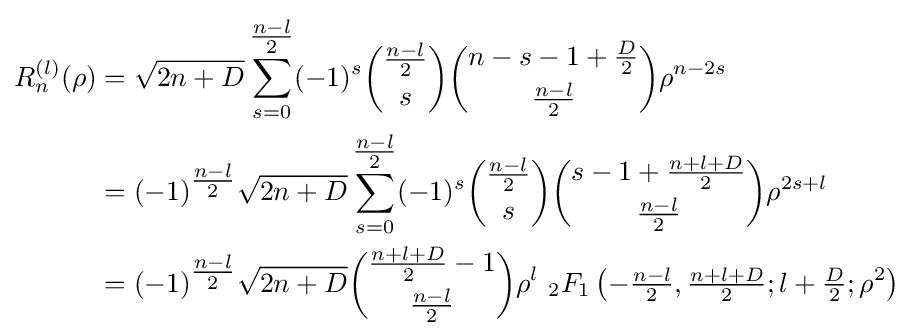
{\begin{aligned}R_{n}^{(l)}(\rho )&={\sqrt {2n+D}}\sum _{s=0}^{\tfrac {n-l}{2}}(-1)^{s}{{\tfrac {n-l}{2}} \choose s}{n-s-1+{\tfrac {D}{2}} \choose {\tfrac {n-l}{2}}}\rho ^{n-2s}\\&=(-1)^{\tfrac {n-l}{2}}{\sqrt {2n+D}}\sum _{s=0}^{\tfrac {n-l}{2}}(-1)^{s}{{\tfrac {n-l}{2}} \choose s}{s-1+{\tfrac {n+l+D}{2}} \choose {\tfrac {n-l}{2}}}\rho ^{2s+l}\\&=(-1)^{\tfrac {n-l}{2}}{\sqrt {2n+D}}{{\tfrac {n+l+D}{2}}-1 \choose {\tfrac {n-l}{2}}}\rho ^{l}\ {}_{2}F_{1}\left(-{\tfrac {n-l}{2}},{\tfrac {n+l+D}{2}};l+{\tfrac {D}{2}};\rho ^{2}\right)\end{aligned}}